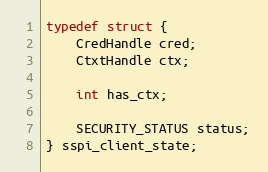
Language: C
typedef struct {
    CredHandle cred;
    CtxtHandle ctx;

    int has_ctx;

    SECURITY_STATUS status;
} sspi_client_state;